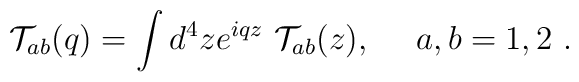
{\cal T}_{ab}(q) = \int d^4z e^{iqz}~{\cal T}_{ab}(z),~~~~a,b=1,2~.